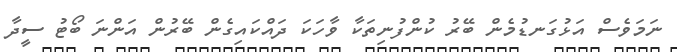
ނަމަވެސް އަޅުގަނޑުމެން ބޭރު ކުންފުނިތަކާ ވާހަކަ ދައްކައިގެން ބޭރުން އަންނަ ބޯޓު ސީދާ